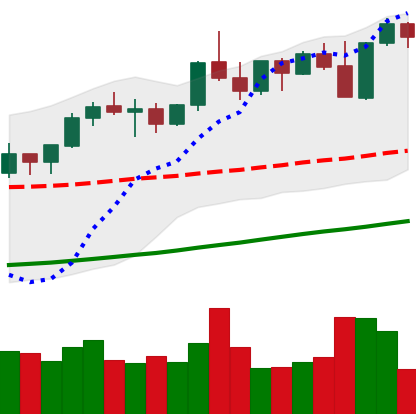
Ticker: ETH-USD
Chart end date: 2021-10-30
Forward return: 4.893%
Label: up_3_5